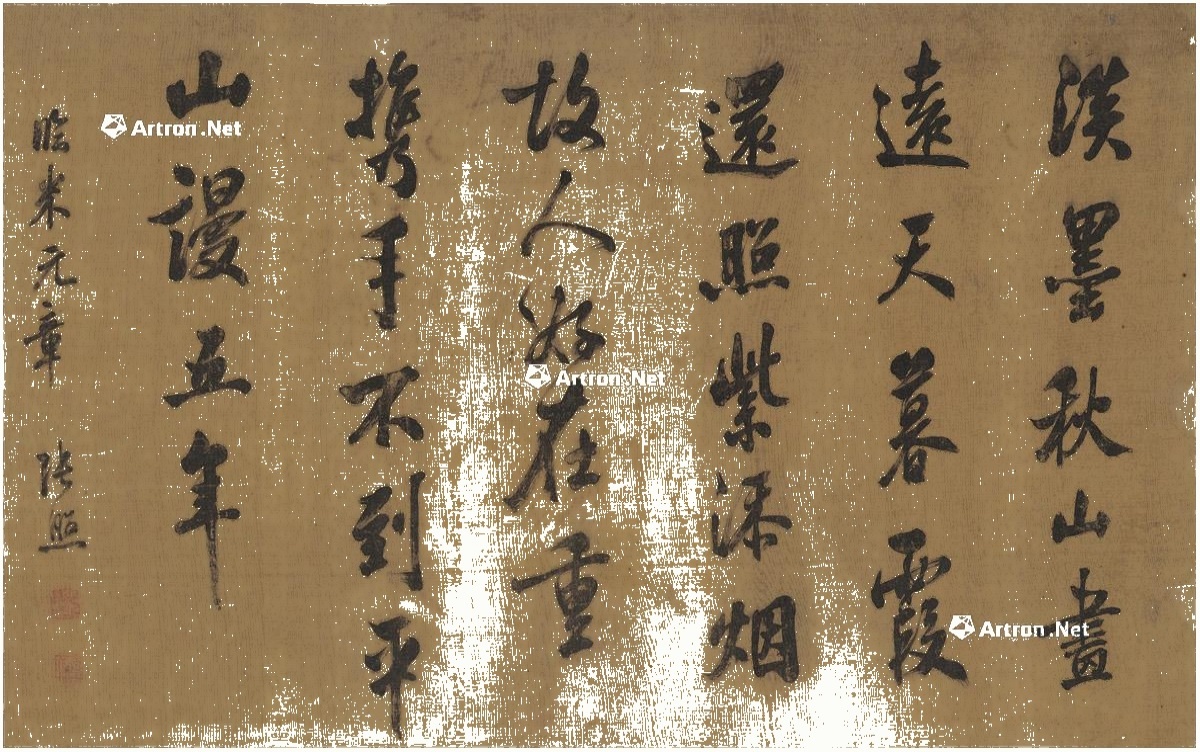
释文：淡墨秋山画远天，暮霞还照紫添烟。故人好在重携手，不到平山谩五年。临米元章，张照。